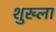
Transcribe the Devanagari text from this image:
शुख्ला